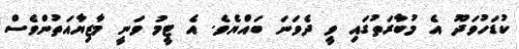
ކުޑަހުވަދޫ އެ މުބާރަތުގައި ވީ ދެވަނަ ބައްޔެވެ. އެ ޓީމު ވަނީ މާޒިޔާއަތުންވެސް